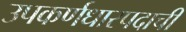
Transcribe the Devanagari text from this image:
उपकर्णधारपदाची